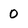
Character: 0